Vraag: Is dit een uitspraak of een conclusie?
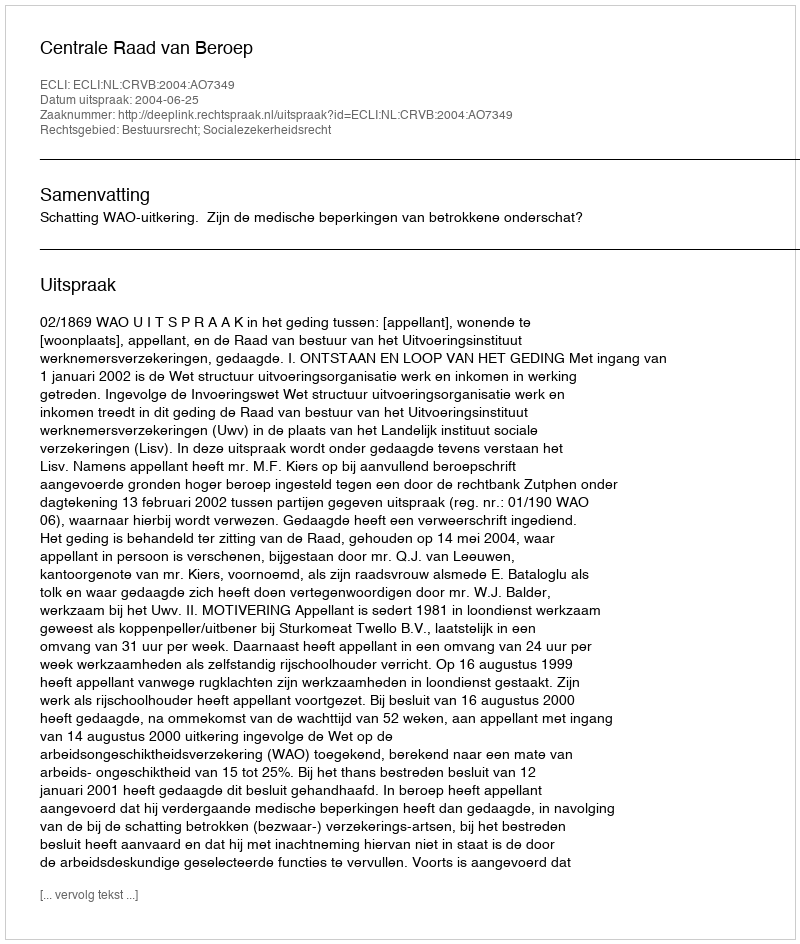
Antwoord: Uitspraak